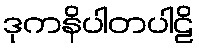
ဒုကနိပါတပါဠိ